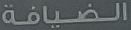
الضيافة